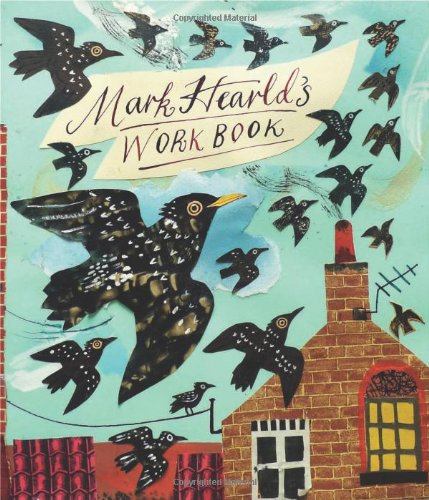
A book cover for Mark Hearld's Workbook; Simon Martin; Arts & Photography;